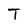
Character: T